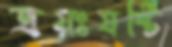
ত্রয়ঃষষ্টি